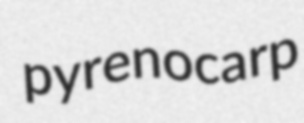
pyrenocarp